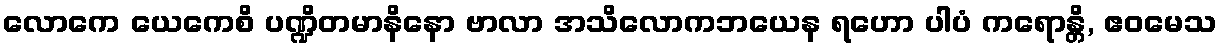
လောကေ ယေကေစိ ပဏ္ဍိတမာနိနော ဗာလာ အသိလောကဘယေန ရဟော ပါပံ ကရောန္တိ, ဧဝမေသ